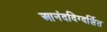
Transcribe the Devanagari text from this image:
आनंददिग्दर्शित